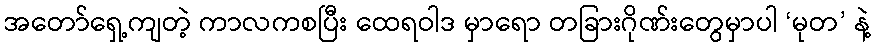
အတော်ရှေ့ကျတဲ့ ကာလကစပြီး ထေရဝါဒ မှာရော တခြားဂိုဏ်းတွေမှာပါ ‘မုတ’ နဲ့